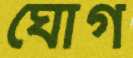
ঘোগ